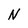
Character: N